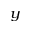
_ y